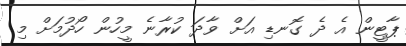
ޕާޓީން އެ ދެ ގޮނޑި އަށް ވާދަ ކުރާނެ މީހުން ހޯދުމަށް މި